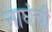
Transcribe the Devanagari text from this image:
नाघंची